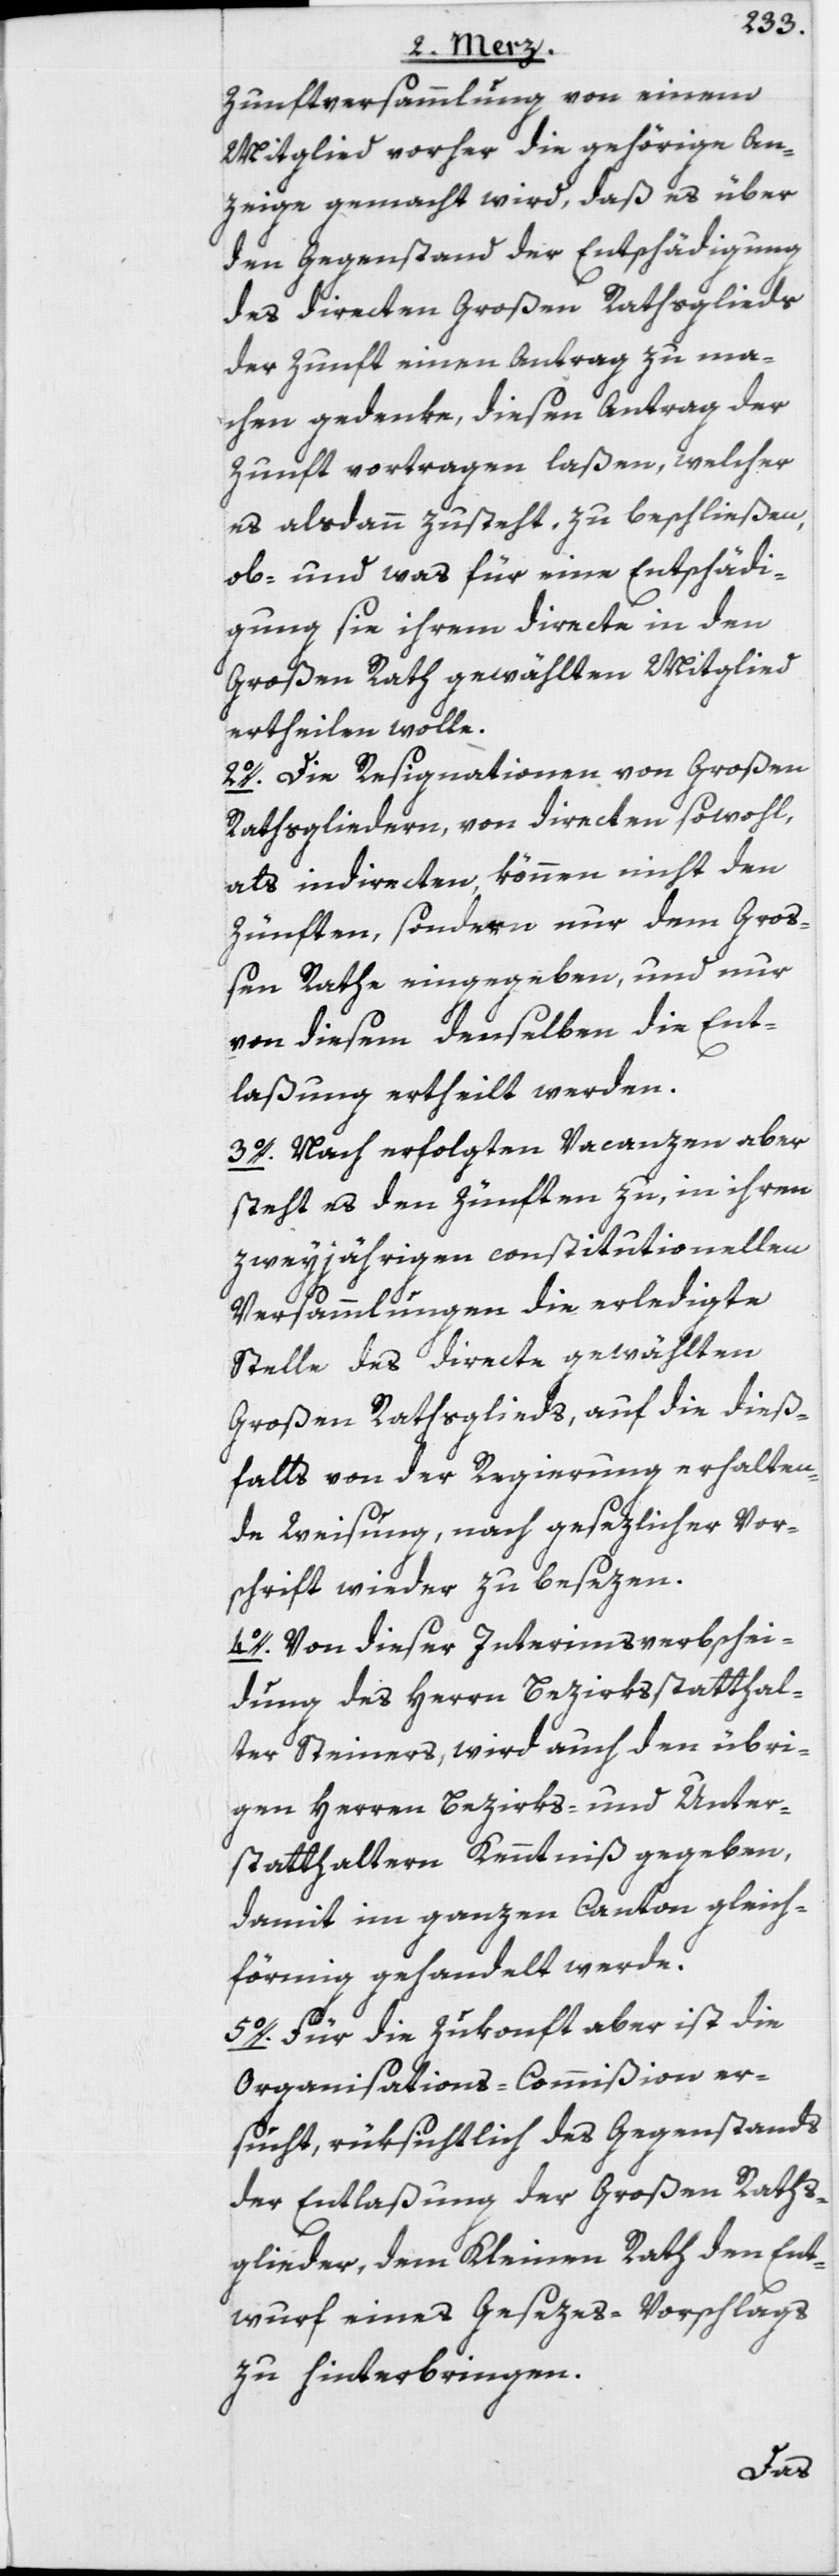
Zunftversammlung von einem
Mitglied vorher die gehörige An¬
zeige gemacht wird, daß es über
den Gegenstand der Entschädigung
des directen Großen Rathsglieds
der Zunft einen Antrag zu ma¬
chen gedenke, diesen Antrag der
Zunft vortragen laßen, welcher
es alsdann zusteht, zu beschließen,
ob- und was für eine Entschädi¬
gung sie ihrem directe in den
Großen Rath gewählten Mitglied
ertheilen wolle.
2o. Die Resignationen von Großen
Rathsgliedern, von directen sowohl,
als indirecten, können nicht den
Zünften, sondern nur dem Groß¬
en Rathe eingegeben, und nur
von diesem denselben die Ent¬
laßung ertheilt werden.
3o. Nach erfolgten Vacanzen aber
steht es den Zünften zu, in ihren
zweyjährigen constitutionellen
Versammlungen die erledigte
Stelle des directe gewählten
Großen Rathsglieds, auf die dieß¬
falls von der Regierung erhalten¬
de Weisung, nach gesezlicher Vor¬
schrift wieder zu besezen.
4o. Von dieser Interimsverbschei¬
dung des Herrn Bezirksstatthal¬
ter Steiners, wird auch den übri¬
gen Herren Bezirks- und Unter¬
statthaltern Kenntniß gegeben,
damit im ganzen Canton gleich¬
förmig gehandelt werde.
5o. Für die Zukonft aber ist die
Organisations-Commißion er¬
sucht, rüksichtlich des Gegenstands
der Entlaßung der Großen Raths¬
glieder, dem Kleinen Rath den Ent¬
wurf eines Gesezes-Vorschlags
zu hinterbringen.